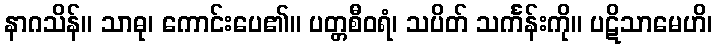
နာဂသိန်။ သာဓု၊ ကောင်းပေ၏။ ပတ္တစီဝရံ၊ သပိတ် သင်္ကန်းကို။ ပဋိသာမေဟိ၊